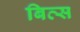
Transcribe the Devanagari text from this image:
बित्स